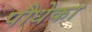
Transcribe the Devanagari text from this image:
पौधेका